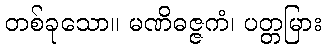
တစ်ခုသော။ မဏိဓဇ္ဇကံ၊ ပတ္တမြား